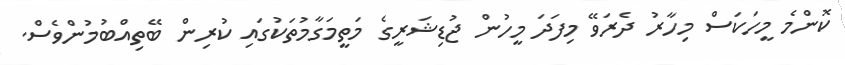
ކޮންމެ މީހަކަސް މިހާރު ދެރަވޭ މިފަދަ މީހުން ޖުޑިޝަރީގެ މަތީމަގާމުތަކުގައި ކުރިން ބޭތިއްބުމުންވެސް.